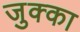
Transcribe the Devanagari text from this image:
जुक्का